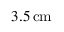
3 . 5 \, \mathrm { c m }